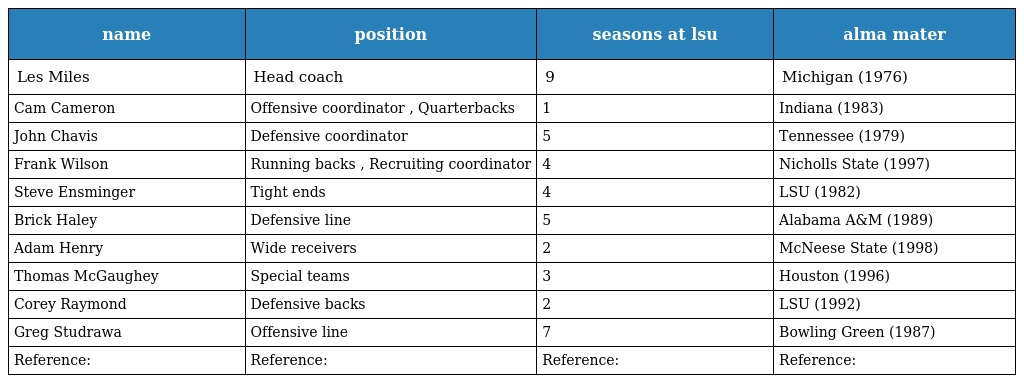
| name | position | seasons at lsu | alma mater |
 | --- | --- | --- | --- |
 | Les Miles | Head coach | 9 | Michigan (1976) |
 | Cam Cameron | Offensive coordinator , Quarterbacks | 1 | Indiana (1983) |
 | John Chavis | Defensive coordinator | 5 | Tennessee (1979) |
 | Frank Wilson | Running backs , Recruiting coordinator | 4 | Nicholls State (1997) |
 | Steve Ensminger | Tight ends | 4 | LSU (1982) |
 | Brick Haley | Defensive line | 5 | Alabama A&M (1989) |
 | Adam Henry | Wide receivers | 2 | McNeese State (1998) |
 | Thomas McGaughey | Special teams | 3 | Houston (1996) |
 | Corey Raymond | Defensive backs | 2 | LSU (1992) |
 | Greg Studrawa | Offensive line | 7 | Bowling Green (1987) |
 | Reference: | Reference: | Reference: | Reference: |